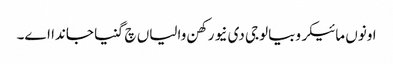
اونوں مائیکروبیالوجی دی نیو رکھن والیاں چ گنیا جاندا اے۔